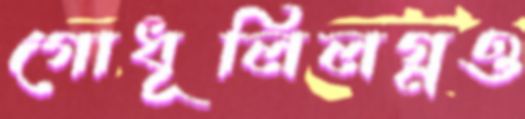
গোধূলিলগ্নও